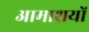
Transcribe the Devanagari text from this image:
आमाशयों